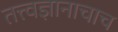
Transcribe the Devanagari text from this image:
तत्त्वज्ञानाचाच